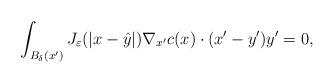
LaTeX: \begin{align*}\int_{B_{\delta}(x^\prime)}J_\varepsilon(|x-\hat{y}|)\nabla_{x^\prime}c(x)\cdot(x^\prime - y^\prime)y^\prime = 0,\end{align*}